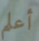
أعلم